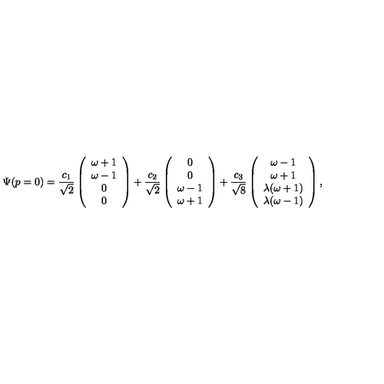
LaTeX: \Psi ( p = 0 ) = \frac { c _ { 1 } } { \sqrt 2 } \left( \begin{array} { c } { \omega + 1 } \\ { \omega - 1 } \\ { 0 } \\ { 0 } \\ \end{array} \right) + \frac { c _ { 2 } } { \sqrt 2 } \left( \begin{array} { c } { 0 } \\ { 0 } \\ { \omega - 1 } \\ { \omega + 1 } \\ \end{array} \right) + \frac { c _ { 3 } } { \sqrt 8 } \left( \begin{array} { c } { \omega - 1 } \\ { \omega + 1 } \\ { \lambda ( \omega + 1 ) } \\ { \lambda ( \omega - 1 ) } \\ \end{array} \right) ,